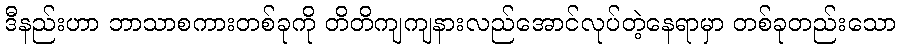
ဒီနည်းဟာ ဘာသာစကားတစ်ခုကို တိတိကျကျနားလည်အောင်လုပ်တဲ့နေရာမှာ တစ်ခုတည်းသော